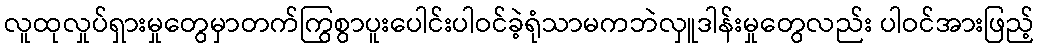
လူထုလှုပ်ရှားမှုတွေမှာတက်ကြွစွာပူးပေါင်းပါဝင်ခဲ့ရုံသာမကဘဲလှူဒါန်းမှုတွေလည်း ပါဝင်အားဖြည့်